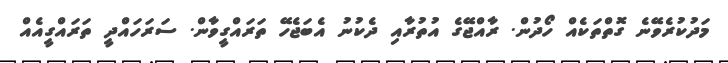
މަދުކުރެވޭނެ ގޮތްތަކެއް ހޯދުން. ރާއްޖޭގެ އުތުރާއި ދެކުނު އެބަޖެހޭ ތަރައްގީވާން. ސަރަހައްދީ ތަރައްގީއެއް